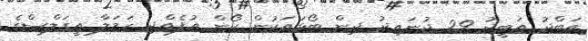
އަބްދު އަބީދު 29 ޖުނައިދު ދިން ބޯޅައަކުން ކޯން އުފެއްދި ހަމަލާ އީގަލްސްގެ